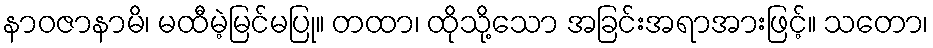
နာဝဇာနာမိ၊ မထီမဲ့မြင်မပြု။ တထာ၊ ထိုသို့သော အခြင်းအရာအားဖြင့်။ သတော၊